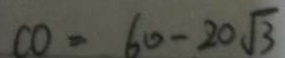
C O = 6 0 - 2 0 \sqrt { 3 }